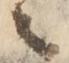
之